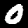
Label: 0